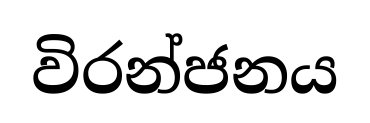
විරන්ජනය